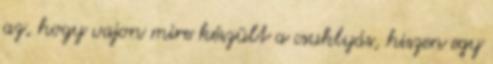
az, hogy vajon mire készült a csuklyás, hiszen egy